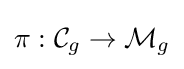
\pi :{\mathcal {C}}_{g}\to {\mathcal {M}}_{g}